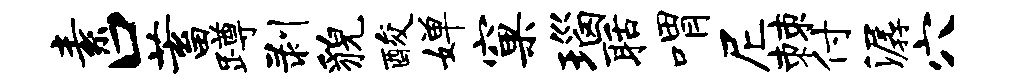
素口蓄蹲剥貌酸婵窠瑙聒喟尼棘付潺穴